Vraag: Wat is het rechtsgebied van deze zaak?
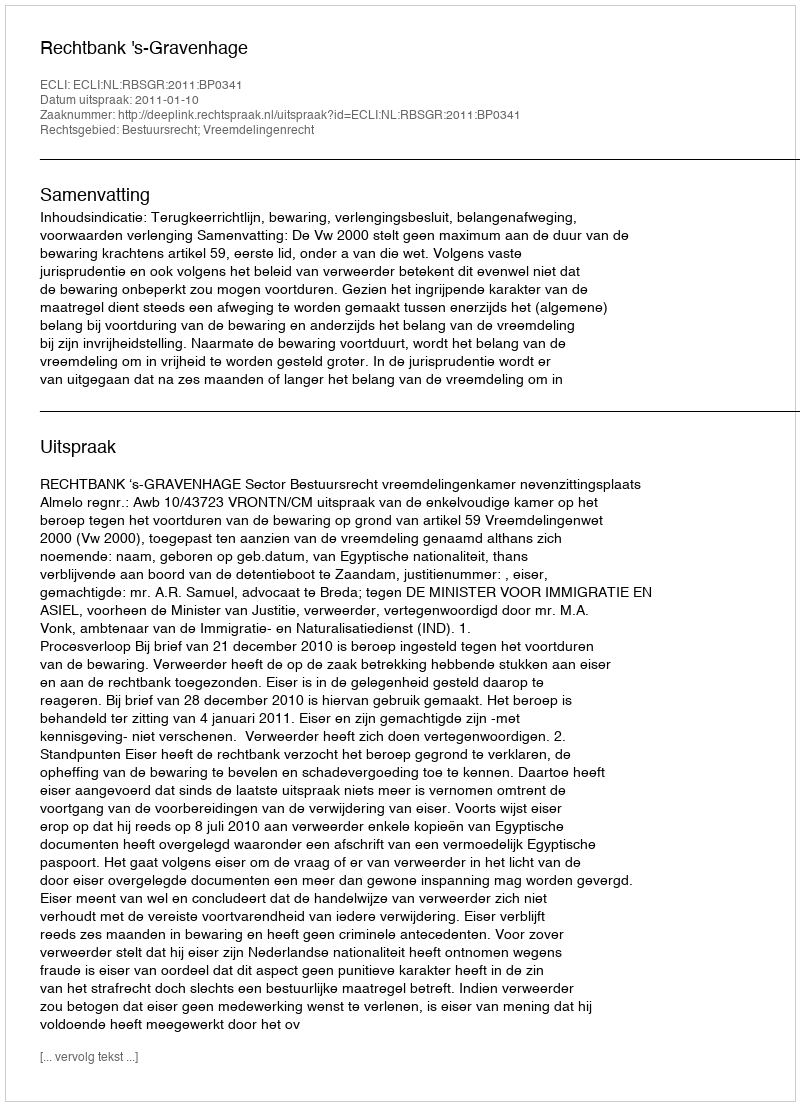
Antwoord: Bestuursrecht; Vreemdelingenrecht